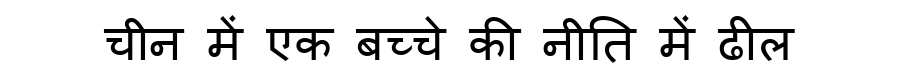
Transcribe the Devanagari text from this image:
चीन में एक बच्चे की नीति में ढील